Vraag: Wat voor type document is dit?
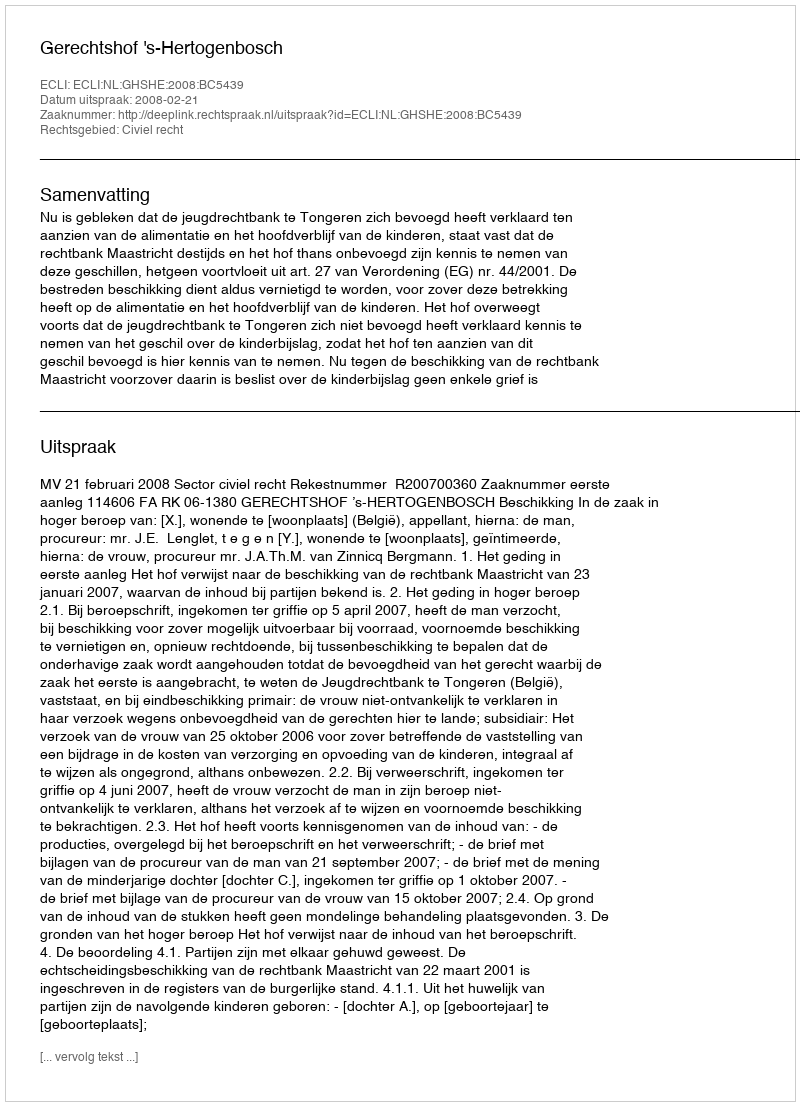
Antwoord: Uitspraak